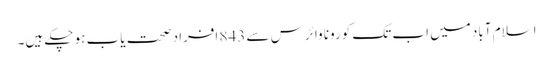
اسلام آباد میں اب تک کورونا وائرس سے 843 افراد صحت یاب ہو چکے ہیں۔